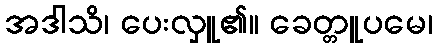
အဒါသိ၊ ပေးလှူ၏။ ခေတ္တူပမေ၊